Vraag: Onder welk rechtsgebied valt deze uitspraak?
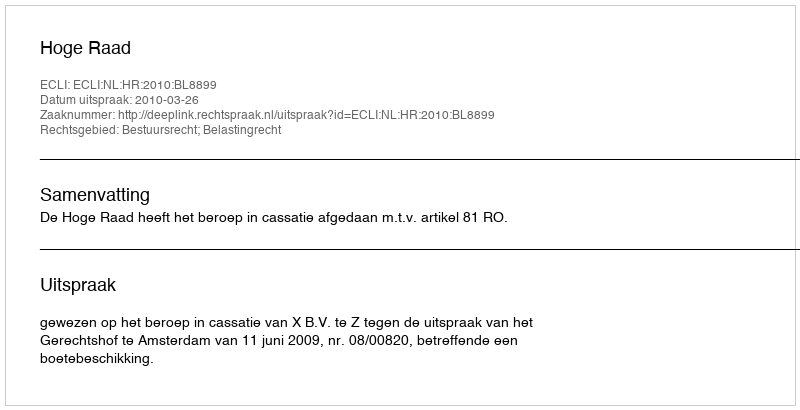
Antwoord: Bestuursrecht; Belastingrecht